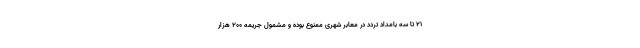
۲۱ تا سه بامداد تردد در معابر شهری ممنوع بوده و مشمول جریمه ۲۰۰ هزار